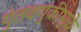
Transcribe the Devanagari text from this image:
गुंतवणुकीमुळे